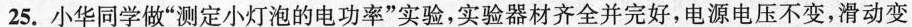
25.小华同学做”测定小灯泡的电功率”实验，实验器材齐全并完好，电源电压不变，滑动变